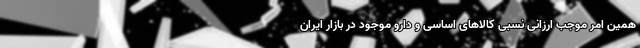
همین امر موجب ارزانی نسبی کالاهای اساسی و دارو موجود در بازار ایران